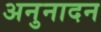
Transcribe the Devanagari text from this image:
अनुनादन